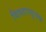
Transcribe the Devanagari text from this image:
विस्तारसूचक